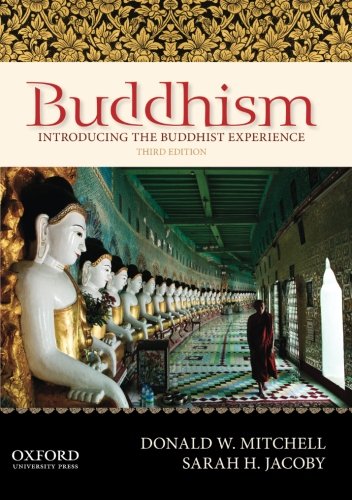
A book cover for Buddhism: Introducing the Buddhist Experience; Donald W. Mitchell; Religion & Spirituality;